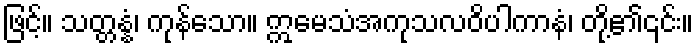
ဖြင့်။ သတ္တန္နံ၊ ကုန်သော။ ဣမေသံအကုသလဝိပါကာနံ၊ တို့၏၎င်း။